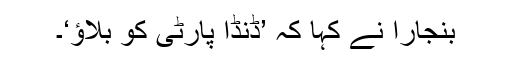
بنجارا نے کہا کہ ’ڈنڈا پارٹی کو بلاﺅ‘۔